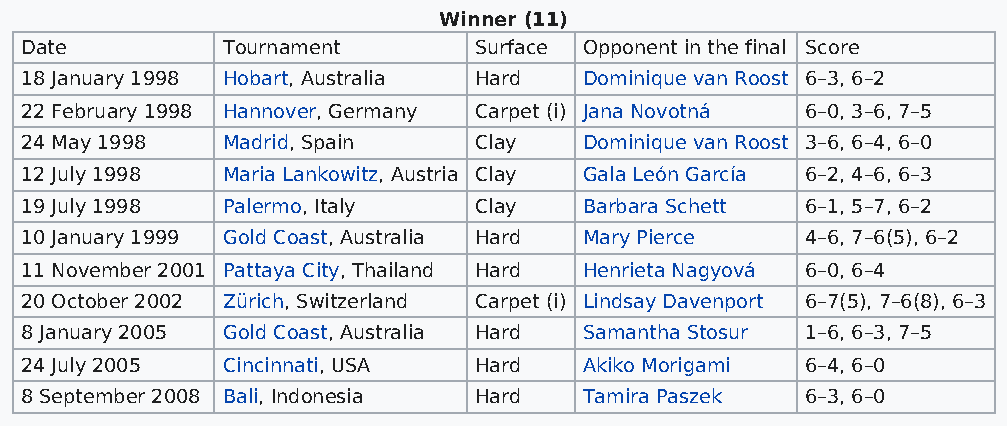
Winner (11)
 Date          Tournament      Surface Opponent in the final Score
 18 January 1998 Hobart, Australia Hard Dominique van Roost 6–3, 6–2
 22 February 1998 Hannover, Germany Carpet (i) Jana Novotná 6–0, 3–6, 7–5
 24 May 1998   Madrid, Spain   Clay    Dominique van Roost 3–6, 6–4, 6–0
 12 July 1998  Maria Lankowitz, Austria Clay Gala León García 6–2, 4–6, 6–3
 19 July 1998  Palermo, Italy  Clay    Barbara Schett 6–1, 5–7, 6–2
 10 January 1999 Gold Coast, Australia Hard Mary Pierce 4–6, 7–6(5), 6–2
 11 November 2001 Pattaya City, Thailand Hard Henrieta Nagyová 6–0, 6–4
 20 October 2002 Zürich, Switzerland Carpet (i) Lindsay Davenport 6–7(5), 7–6(8), 6–3
 8 January 2005 Gold Coast, Australia Hard Samantha Stosur 1–6, 6–3, 7–5
 24 July 2005  Cincinnati, USA Hard    Akiko Morigami 6–4, 6–0
 8 September 2008 Bali, Indonesia Hard Tamira Paszek 6–3, 6–0